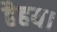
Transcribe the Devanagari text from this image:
हैहय।